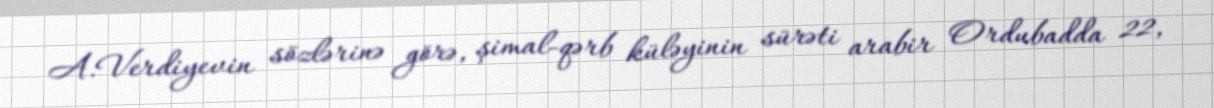
A.Verdiyevin sözlərinə görə, şimal-qərb küləyinin sürəti arabir Ordubadda 22,